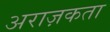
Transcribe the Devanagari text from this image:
अराज़कता